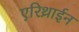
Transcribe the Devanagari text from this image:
एरिथ्राईन